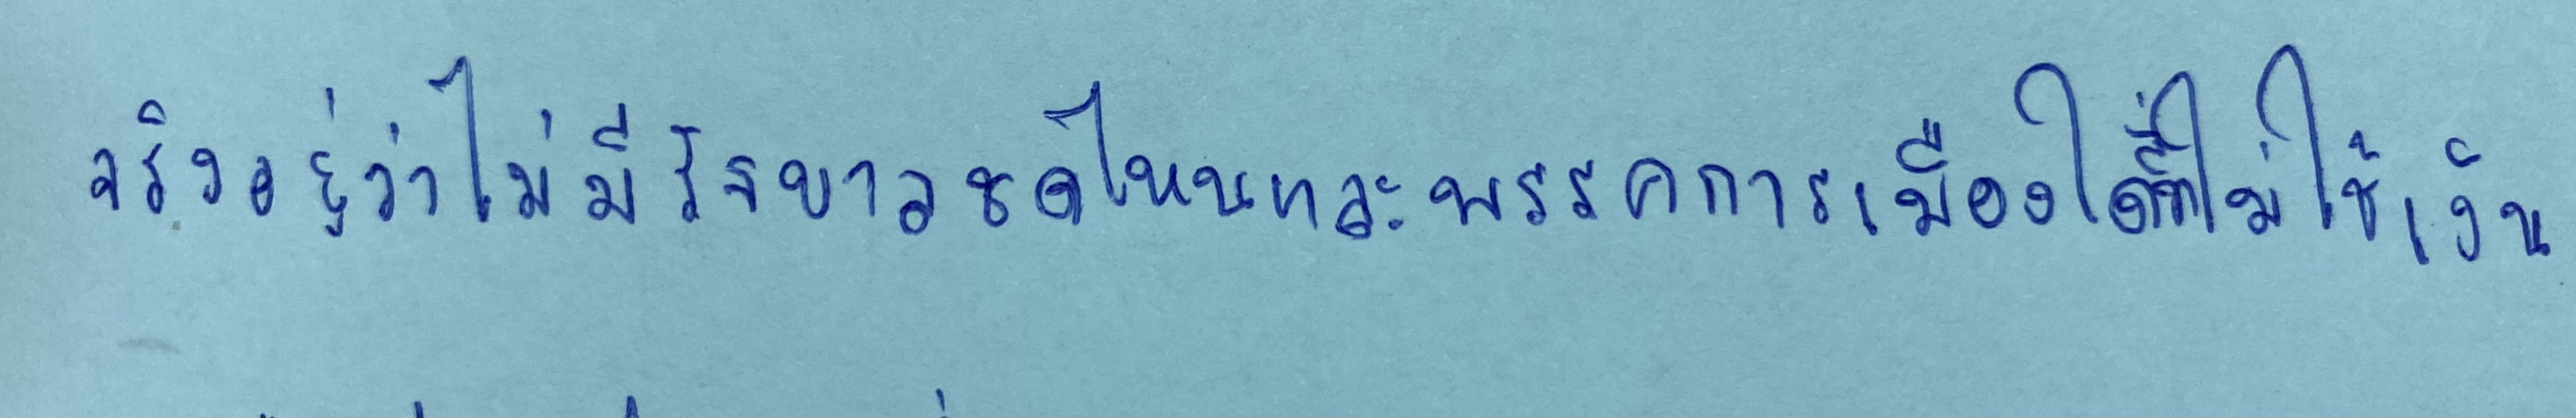
จริงอยู่ว่าไม่มีรัฐบาลชุดไหนและพรรคการเมืองใดที่ไม่ใช้เงิน